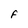
Character: F